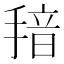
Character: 𱠞